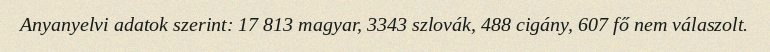
Anyanyelvi adatok szerint: 17 813 magyar, 3343 szlovák, 488 cigány, 607 fő nem válaszolt.